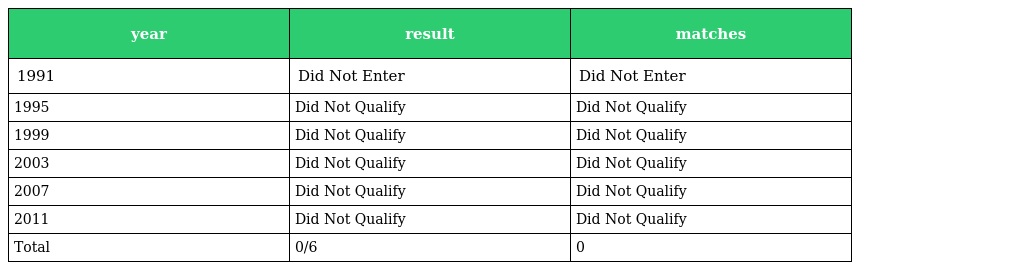
| year | result | matches |
 | --- | --- | --- |
 | 1991 | Did Not Enter | Did Not Enter |
 | 1995 | Did Not Qualify | Did Not Qualify |
 | 1999 | Did Not Qualify | Did Not Qualify |
 | 2003 | Did Not Qualify | Did Not Qualify |
 | 2007 | Did Not Qualify | Did Not Qualify |
 | 2011 | Did Not Qualify | Did Not Qualify |
 | Total | 0/6 | 0 |